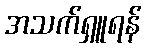
အသက်ရှူရန်